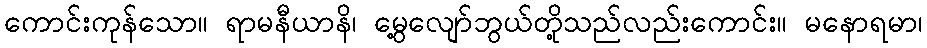
ကောင်းကုန်သော။ ရာမနီယာနိ၊ မွေ့လျော်ဘွယ်တို့သည်လည်းကောင်း။ မနောရမာ၊